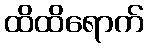
ထိထိရောက်